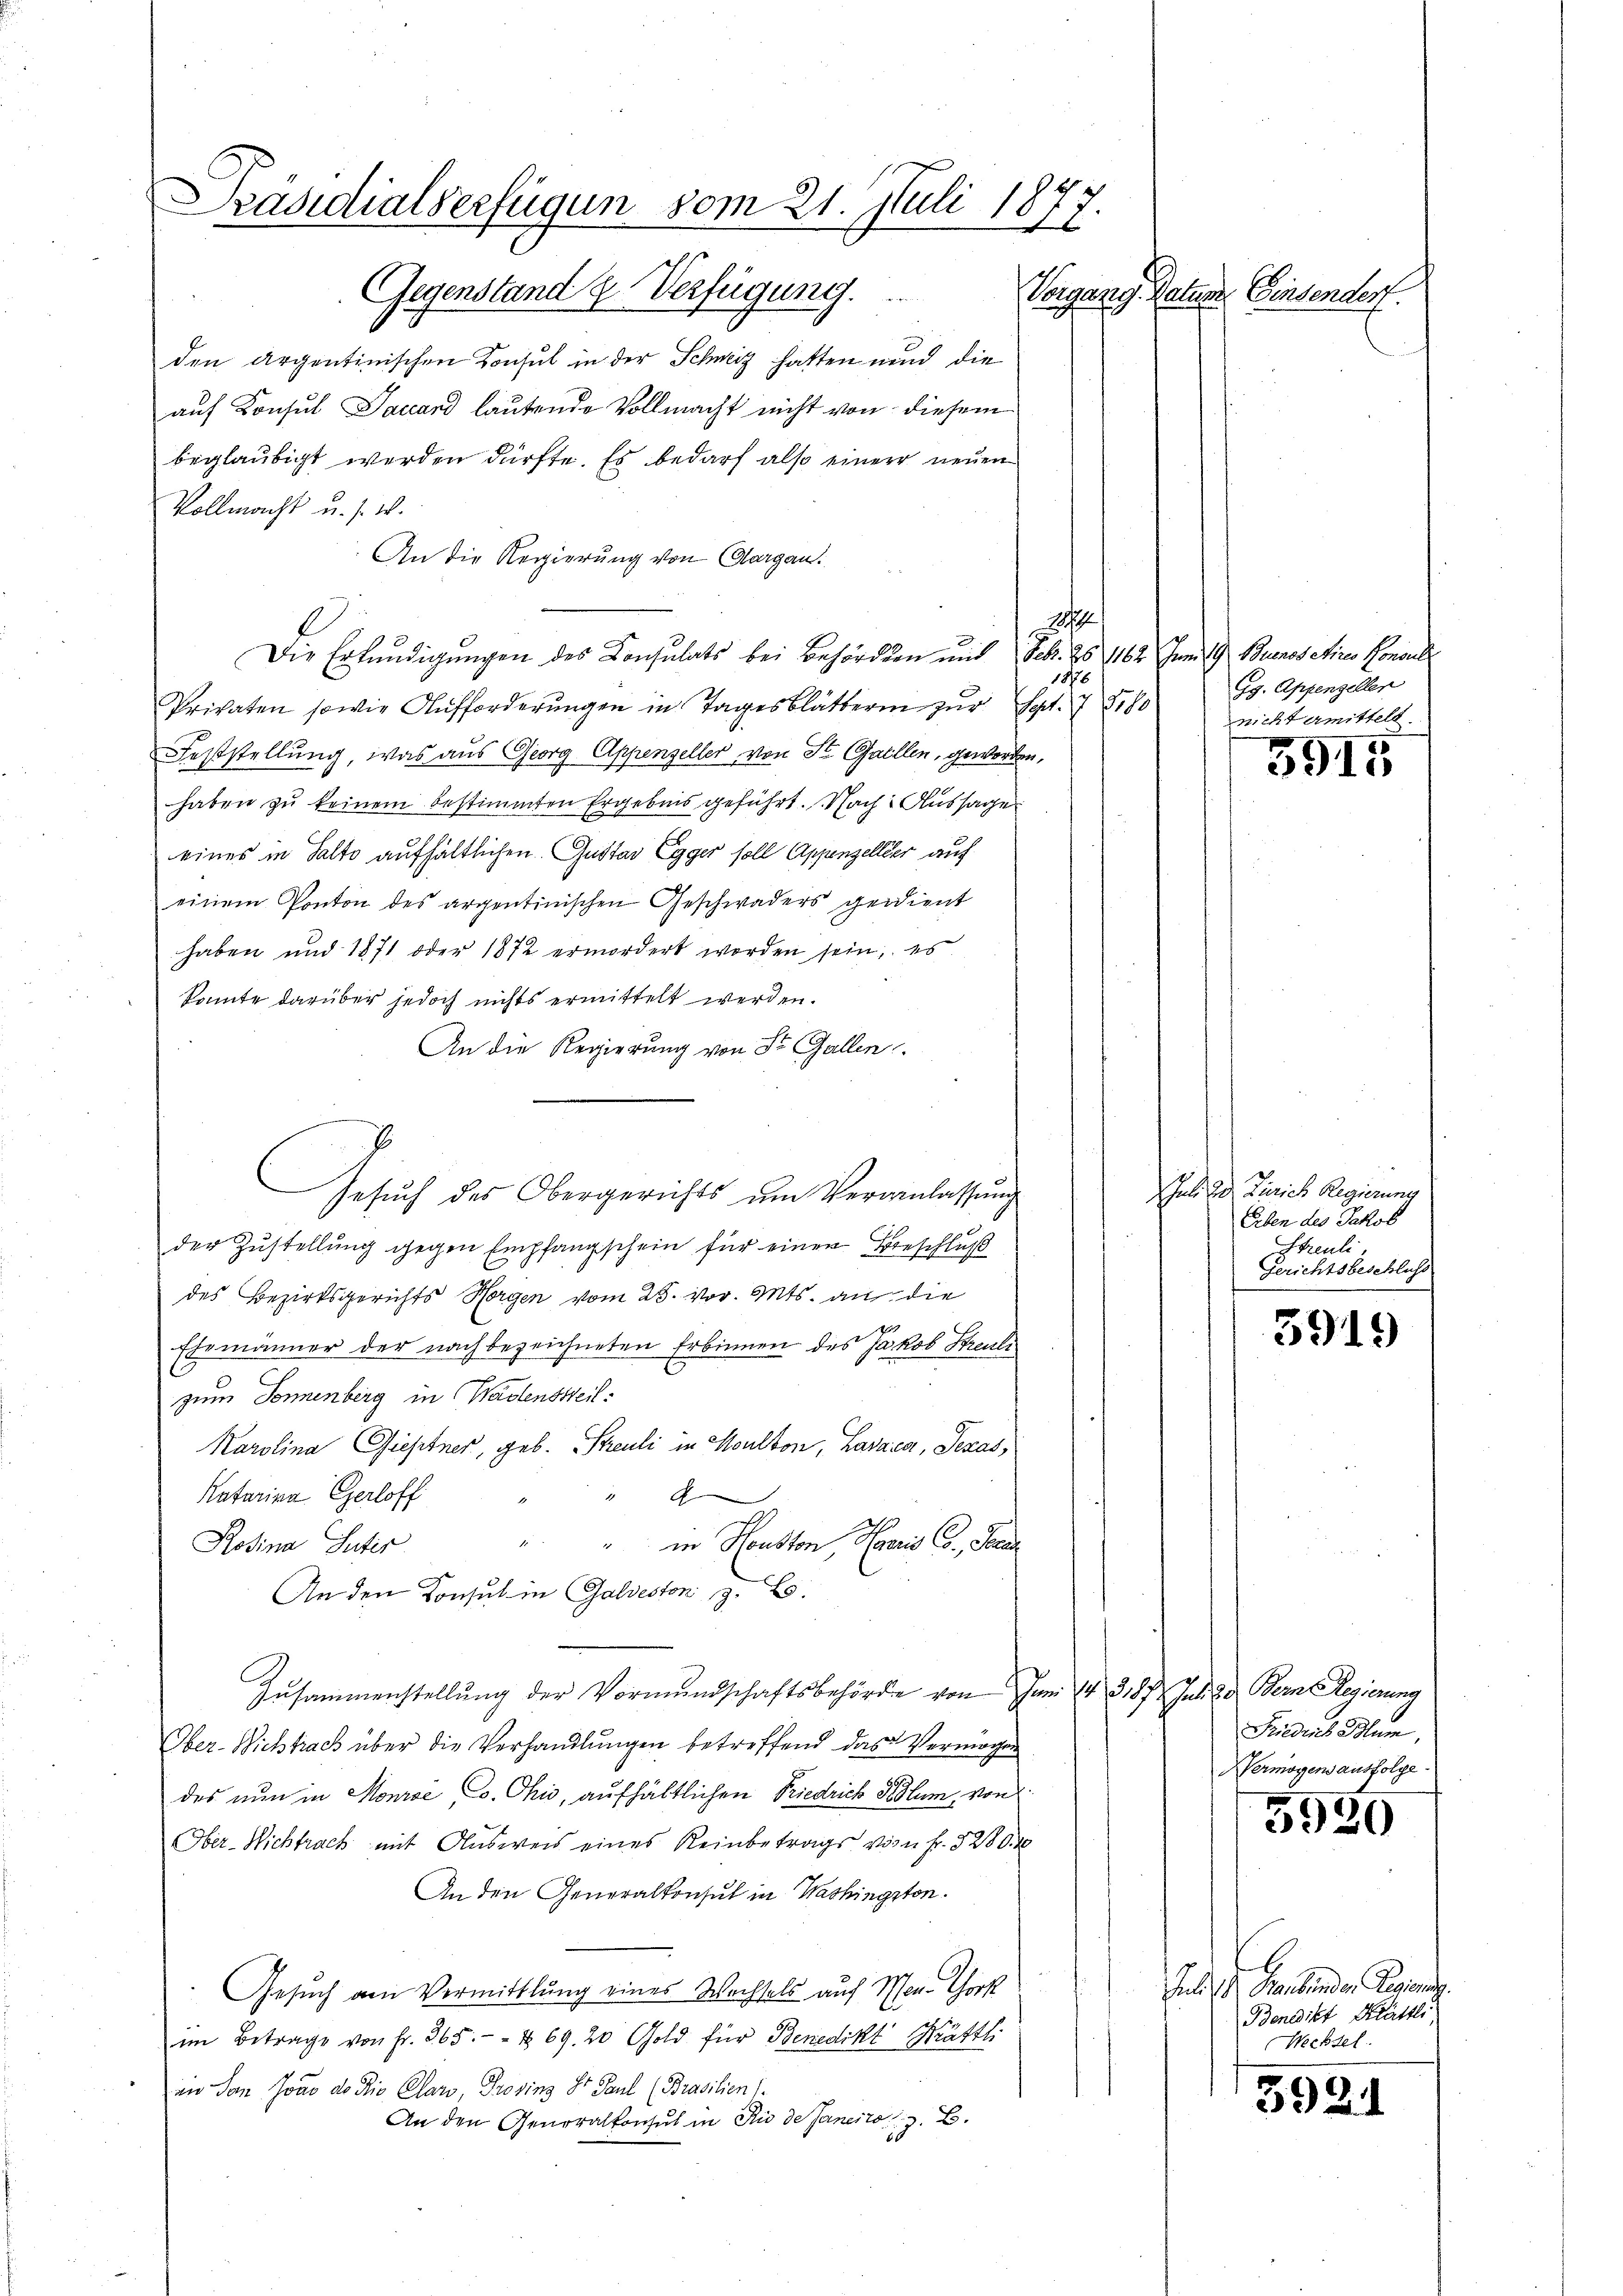
Präsidialverfügun vom 21. Juli 1877.
Gegenstand u. Verfügung.
Vorgang. Natum Einsendert.

den Argentinischen Konsul in der Schweiz hatten und die
auf Konsul Saccard lautende Vollmacht nicht von diesem
beglaubigt werden dürfte. Es bedarf also einer neuen
Vollmacht u. s. w.
An die Regierung von Aargau.
1
Die Erkundigungen des Consulats bei Behörden und Feb. 25. 164. Juni 19 Buenos etires Honora
1878
Privaten sowie Aufforderŭngen in Tagesblätterin zŭr Cat. 78180
Feststellung, was aus Georg Appenzeller von St. Gallen, geworden,
haben zu keinem bestimmten Ergebnis geführt. Nach Aussage
eines in Halto aufhältlichen. Gustav Egger soll Appenzellier auch
einem Ponton des argentinischen Geschwaders gerient
haben und 1871 oder 1872 ermordert worden sein, es
konnte darüber jedoch nichts ermittelt werden.
An die Regierung von Sr. Gallen.
der Zustellung gegen Empfangschein für einer Beschluß
des Bezirksgerichts Horgen vom 25. vor. Mts. an die
Ehemänner der nach bezeichneten Erbinnen des Jakob Streuli
zum Sonnenberg in Wadensweil:
Karolina Giestner, geb. Streuli in Soulton, Lavata, Pezas,
Katarina Gerloff

" in Houston, Herrn C. Staa
Rosina Suter
An den Konsul in Galdeston z. B.
Zusammenstellŭng der Vormundschaftsbehörde von Juni 14. 387. Juli 20. Bern Regierung
Ober-Wichtrach über die Verhandlungen betreffend das Vermögen
des nun in Monroć Co. Ohio, aufhältlichen Friedrich Blum, von
Ober-Nichtrach mit Ausweis eines Reinbetrags von Fr. 3280. 40
An den Generalkonsul in Washingston.
Gesuch am Vermittlung eines Wechsels auf Schen. Thork
im Betrage von Fr. 265. & 69. 20 Gold für Benedikt Krättli
in Don Jovo ds Die Claro, Provinz St Paul (Brasilien
An den Generalkonsul in Rio de Janeiro z. B.

Gesuch des Obergerichts um Veranlassung

Gg. Appenzeller
nicht ermittelt

3915

Juli die Zürich Regierung
Erben des Jakob
Streuli
Gerichtsbeschluss

3919

Friedris Blum
Nermögensausfolge

3920

e
Jul. 1 t Marbunder Regieng.
Benedikt Krättli,
Wechsel.

3931